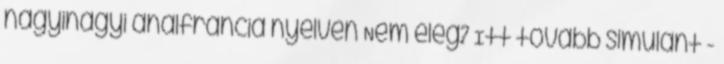
nagyinagyi analfrancia nyelven Nem elég? Itt tovább simulant -